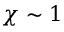
\chi \sim 1